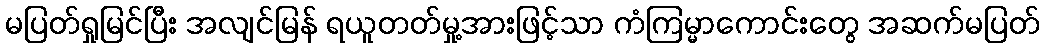
မပြတ်ရှုမြင်ပြီး အလျင်မြန် ရယူတတ်မှု့အားဖြင့်သာ ကံကြမ္မာကောင်းတွေ အဆက်မပြတ်